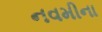
નવમીના